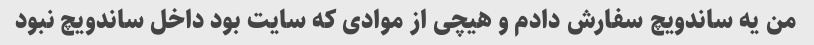
من یه ساندویچ سفارش دادم و هیچی از موادی که سایت بود داخل ساندویچ نبود